Vital statistics of India. Vol. VI, European troops 1870-79
Year: 1870
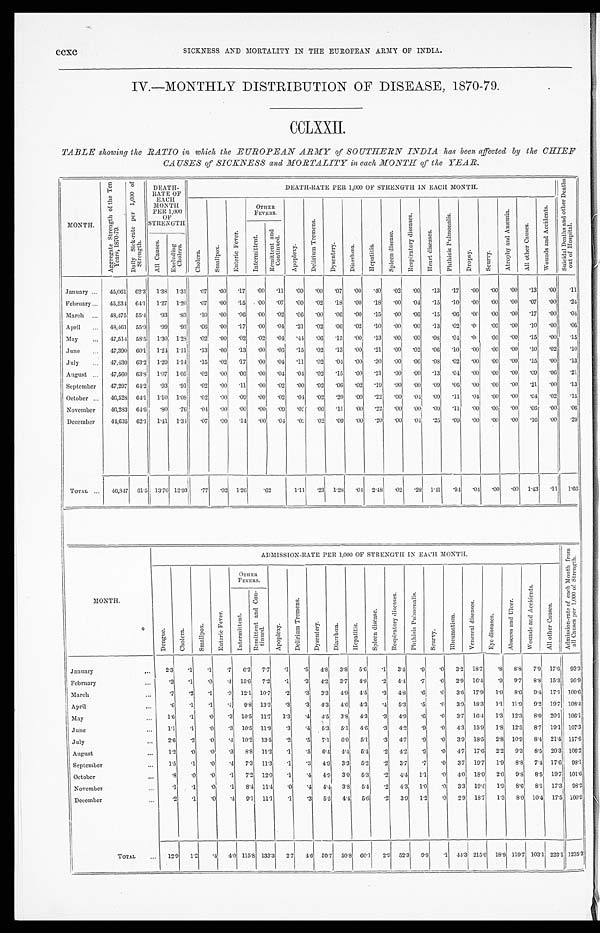
ccxc
SICKNESS AND MORTALITY IN THE EUROPEAN ARMY OF INDIA.
IV.—MONTHLY DISTRIBUTION OF DISEASE, 1870-79.
CCLXXII.
TABLE showing the RATIO in which the EUROPEAN ARMY of SOUTHERN INDIA has been affected by the CHIEF
CAUSES of SICKNESS and MORTALITY in each MONTH of the YEAR.
MONTH.
A g g r e g a t e S t r e n g t h o f t h e T e n
Y e a r s , 1 8 7 0 - 7 9 .
D a i l y S i c k - r a t e p e r 1 , 0 0 0 o f
St r e n g t h .
DEATH-
RATE OF
EACH
MONTH
PER 1,000
OF
STRENGTH
DEATH-RATE PER 1,000 OF STRENGTH IN EACH MONTH.
S u i c i d a l D e a t h s a n d o t h e r D e a t h so
u t o f H o s p i t a l .
C h o l e r a .
S m a l l p o x .
E n t e r i c F e v e r .
OTHER
FEVERS.
A p o p l e x y .
D e l i r i u m T r e m e n s .
D y s e n t r y .
Diarrhœa.
H e p a t i t i s .
S p l e e n d i s e a s e .
R e s p i r a t o r y d i s e a s e s .
H e a r t d i s e a s e s .
P h t h i s i s P u l m o n a l i s .
Dr o p s y .
Sc u r v y .
A t r o p h y a n d A n æ m i a .
A l l o t h e r C a u s e s .
W o u n d s a n d A c c i d e n t s .
I n t e r m i t t e n t .
R e m i t t e n t a n d
C o n t i n u e d .
A l l C a u s e s .
E x c l u d i n g
Ch o l e r a .
January ... 45,061 62.3 1. 38
1.31 .07 .00 .17 .00 .11 .00 .00 .07 .00 .40 .02 .00 .13 .17 .00 .00 .00 .13 .00
. 11
February ... 45,534 64.1 1. 27
1.20 .07 .00 .15 .00 .07 .00 .02 .18 .00 .18 .00 .04 .15 .10 .00 .00 .00 .07 .00
. 24
March ... 48,475 55.4 .93 .83 .10 .00 .06 .00 .02 .06 .00 .06 .00 .15 .00 .06 .15 .06 .00 .00 .00 .17 .00
. 04
April ... 48,461 55.9 .99 .93 . 0 6
.00 .17 .00 .04 .21 .02 .06 .02 .10 .00 .00 .13 .02 .00 .00 .00 .10 .00
. 06
May ... 47,514 58.5 1.30 1.28 . 0 2
.00 .02 .02 .04 .44 .06 .15 .00 .13 .00 .00 .08 .04 .00 .00 .00 .15 .00
. 15
June ... 47,390 60.1 1.24 1.11 .13 .00 .13 .00 .06 .15 .02 .13 .00 .21 .00 .02 .06 .10 .00 .00 .00 .10 .02
. 10
July ... 47,430 63.2 1.29 1.14 .15 .02 .17 .00 .04 .11 .02 .04 .00 .30 .00 .06 .08 .02 .00 .00 .00 .15 .00
. 13
August ... 47,560 63.8 1. 07
1.05 .02 .00 .06 .00 .04 .04 .02 .15 .00 .21 .00 .00 .13 .04 .00 .00 .00 .09 .06
. 21
September
47,297 64.2 .93 .91 .02 .00 .11 .00 .02 .00 .02 .06 .02 .19 .00 .00 .09 .06 .00 .00 .00 .21 .00
. 13
October ... 46,528 64.1 1.10
1 . 0 8
.02 .00 .09 .00 .02 .04 .02 .20 .00 .22 .00 .04 .09 .11 .04 .00 .00 .04 .02 .15
November
46,283 64.6 .80 .76 . 0 4
.00 .00 .00 .09 .02 .00 .11 .00 .22 .00 .00 .09 .11 .00 .00 .00 .00 .00
. 06
December
44,635 62.1 1. 41
1.34 .07 .00 .14 .00 .04 .02 .02 .09 .00 .20 .00 .04 .25 .09 .00 .00 .00 .16 .00
. 29
TOTAL ... 46,847 61.5 13.7012.93 .77 .02 1.26 .62
1.11
. 2 3
1 . 2 8 .04 2.48 .02 .28 1.41 .94 .04 .00 .00 1.43
. 1 1 1.66
MONTH.
ADMISSION-RATE PER 1,000 OF STRENGTH IN EACH MONTH.
A d m i s s i o n - r a t e o f e a c h M o n t h f r o m
a l l C a u s e s p e r 1 , 0 0 0 o f S t r e n g t h .
D e n g u e .
C h o l e r a .
S m a l l p o x .
E n t e r i c F e v e r .
OTHER
FEVERS.
Ap o p l e x y .
D e l i r i u m T r e m e n s .
Dy s e n t e r y .
D i a r r h œ a .
He p a t i t i s . S p l e e n d i s e a s e . R e s p i r a t o r y d i s e a s e s .
P h t h i s i s P u l m o n a l i s .
S c u r v y .
R h e u m a t i s m . V e n e r e a l d i s e a s e s .
E y e d i s e a s e s .
A b s c e s s a n d U l c e r .
W o u n d s a n d A c c i d e n t s .
A l l o t h e r C a u s e s .
I n t e r m i t t e n t .
R e m i t t e n t a n d C o n -
t i n u e d .
January
. . .
2 . 3
.1 .1 .7 6.2 7.7 .1
.5 4.8 3.8 5.6 .1 3.4 .9 .0 3.2 18.7 .8 8.8 7.9 17.6 93.3
February
... .2 .1 .0
. 4 15.6 7.2 .1 .3 4.2 3.7 4.8 .2 4.4
. 7 .0 2.9 16.4 .9 9.7 8.8 15.3 95.9
March
... .7 .2 .1 .3 12.1 10.7 .2 .3 3.3 4.9 4.5 .3 4.8 .6 .0 3.6 17.9 1.0 8.6 9.4 17.1 100.6
April
... .6 .1 .1 .4
9.8 13.3 .3 .3 4.3 4.6 4.3
. 4 5.3 .5 .0 3.9 18.3 1.1 11.9 9.2 19.7 108.4
Ma y
. . .
1 . 6
.1
.0 .3 10.5 11.7 1.3 .4 4.5 3.8 4.3 .3 4.9 .6 .0 3.7 16.4 1.3 12.3 8.0 20.1 106.1
June
. . .
1.1 .1
.0 .3 10.5 11.9
.3 .4 5.3 5.1 4.6 .3 4.2 .9 .0 4.3 15.9 1.8 12.5 8.7 19.1 107.3
July
. . .
2.6 .2 .0 .4 10.2 13.5 .2 .5 7 . 1
6.0 5.1 .3 4.7 .9 .0 3.9 18.5 2.8 10.9 8.4 21.4 117.6
August
. . .
1.2 .0 .0 .3 8.8 11.2 .1 .5 6.4 4.4 5.4 .2 4.2 .9 .0 4.7 17.6 2.2 9.3 8.5 20.3 106.2
September
. . .
1.5 .1 .0
. 4 7.3 11.3 .1 .3 4.9 3.3 5.2 .2 3.7 .7 .0 3.7 19.7 1.9 8.8 7.4 17.6 98.1
October
. . .
. 8 .0 .0 .1 7.2 12.0 .1
.4 4.9 3.0 5.3 .2 4.4
1 . 1 .0 4.0 18.0 2.0 9.8 8.5 19.7 101.6
November
. . .
.1
.1 .0 .1 8.4 11.4 .0 .4 4.4 3.8 5.4 .2 4.3 1.0 .0 3.3 19.4 1.9 8.6 8.1 17.3 98.2
December
. . .
.2 .1 .0
. 4 9.1 11.1 .1
.3 5.5 4.4 5.6 .2 3.9 1.2 .0 2.9 18.7 1.3 8.0 10.4 17.5 100.9
TOTAL
... 12.9 1.2 .4 4.0 115.8 133.3 2.7 4.6 59.7 50.8 60.1 2.9 52.3 9.8 .1 44.3 215.6 18.9 119.7 103.1 223.1 1235.3